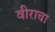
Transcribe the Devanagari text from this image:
वीराचा